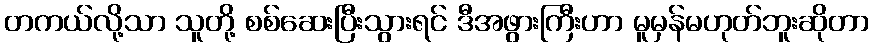
တကယ်လို့သာ သူတို့ စစ်ဆေးပြီးသွားရင် ဒီအဖွားကြီးဟာ မူမှန်မဟုတ်ဘူးဆိုတာ